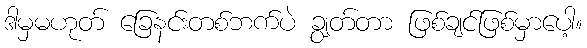
ဒါမှမဟုတ် ခြေနင်းတစ်ဘက်ပဲ ချွတ်တာ ဖြစ်ချင်ဖြစ်မှာပေါ့။